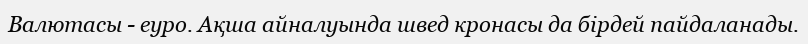
Валютасы - еуро. Ақша айналуында швед кронасы да бірдей пайдаланады.